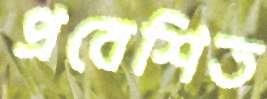
প্রবেশিত